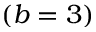
( b = 3 )